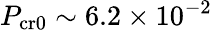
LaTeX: P_{\mathrm{cr0}}\sim 6.2\times 10^{-2}